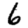
Digit: 6